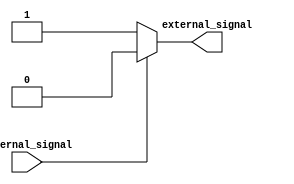
module IO_Block_CMOs_Buffer (
    input wire internal_signal,
    output wire external_signal
);

// Input stage
wire input_stage_out;
assign input_stage_out = internal_signal;

// Level shifter
wire level_shifter_out;
assign level_shifter_out = (input_stage_out == 1'b1) ? 1'b0 : 1'b1;

// Output stage
assign external_signal = level_shifter_out;

endmodule